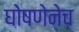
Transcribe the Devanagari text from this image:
घोषणेनेच